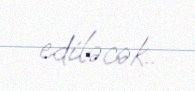
ediləcək..